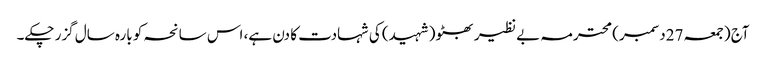
آج (جمعہ 27دسمبر) محترمہ بے نظیر بھٹو (شہید) کی شہادت کا دن ہے، اس سانحہ کو بارہ سال گزر چکے۔